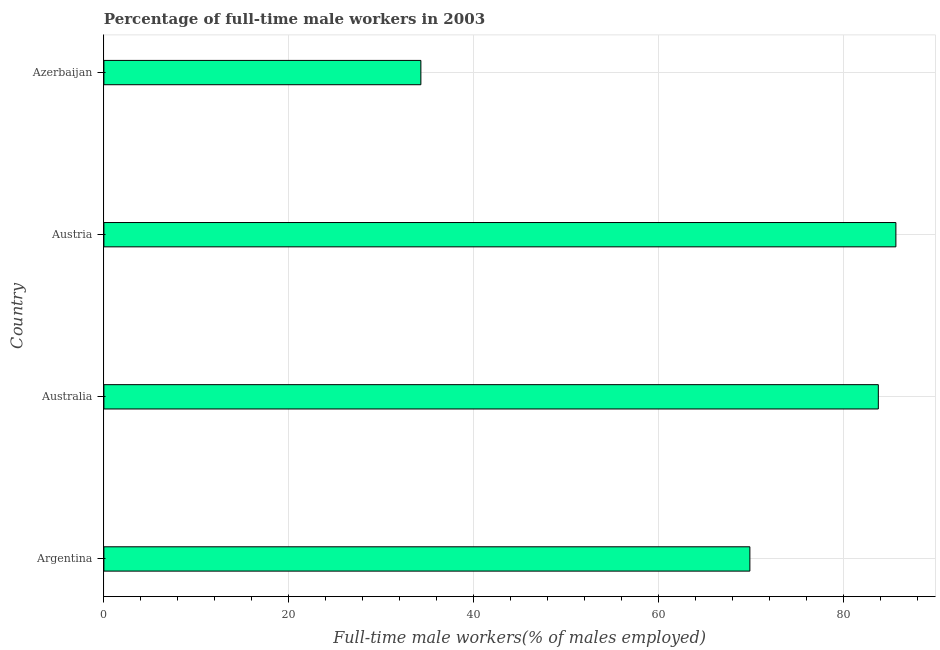
| Country | Wage and salary workers |
 | --- | --- |
 | Argentina | 69.9 |
 | Australia | 83.8 |
 | Austria | 85.7 |
 | Azerbaijan | 34.3 |